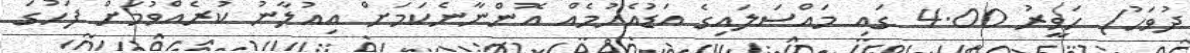
ދުވަހު) ހަވީރު 4.00 ގައި މައްސަލައިގެ އަޑުއެހުމެއް އޮންނާނެކަމަށް އިއުލާނު ކުރެއްވުމަށް ފަހުގަ